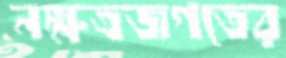
নক্ষত্রজগতের